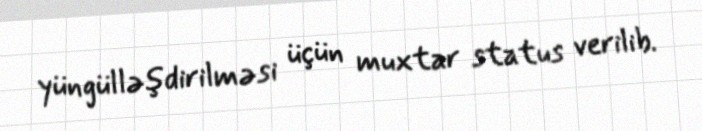
yüngülləşdirilməsi üçün muxtar status verilib.